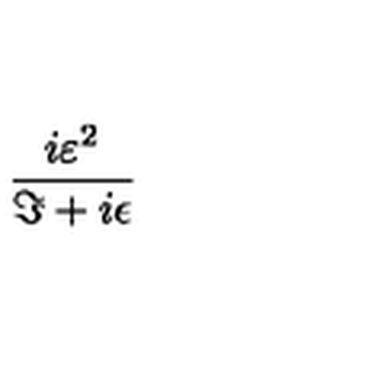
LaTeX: \frac { i \varepsilon ^ { 2 } } { \Im + i \epsilon }